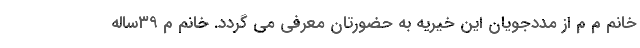
خانم م م از مددجویان این خیریه به حضورتان معرفی می گردد. خانم م ۳۹ساله